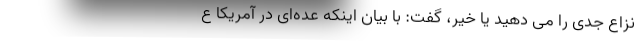
نزاع جدی را می دهید یا خیر، گفت: با بیان اینکه عده‌ای در آمریکا ع